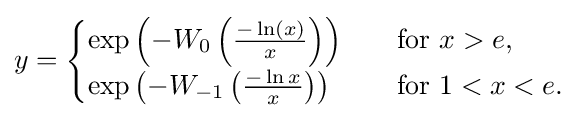
y={\begin{cases}\exp \left(-W_{0}\left({\frac {-\ln(x)}{x}}\right)\right)\quad &{\text{for }}x>e,\\\exp \left(-W_{-1}\left({\frac {-\ln x}{x}}\right)\right)\quad &{\text{for }}1<x<e.\end{cases}}